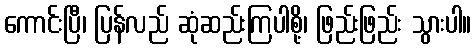
ကောင်းပြီ၊ ပြန်လည် ဆုံဆည်းကြပါစို့၊ ဖြည်းဖြည်း သွားပါ။